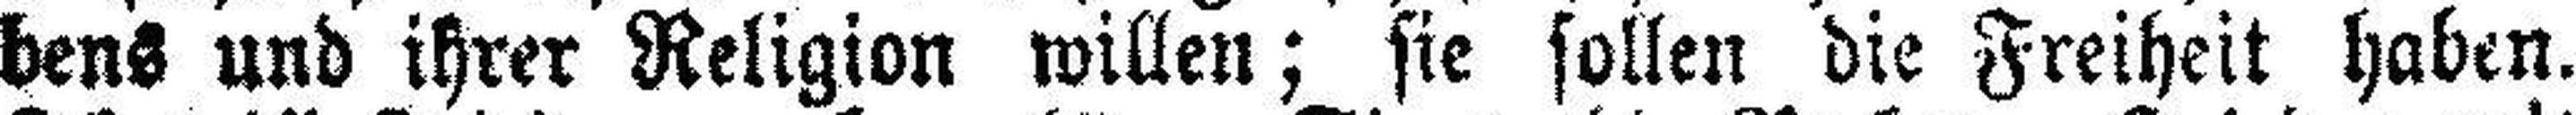
bens und ihrer Religion willen; sie sollen die Freiheit haben.